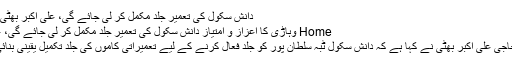
دانش سکول کی تعمیر جلد مکمل کر لی جائے گی، علی اکبر بھٹی | VEHARI
Home وہاڑی کا اعزاز و امتیاز دانش سکول کی تعمیر جلد مکمل کر لی جائے گی، علی اکبر بھٹی
ڈپٹی کمشنر حاجی علی اکبر بھٹی نے کہا ہے کہ دانش سکول ٹبہ سلطان پور کو جلد فعال کرنے کے لیے تعمیراتی کاموں کی جلد تکمیل یقینی بنائی جا رہی ہے۔